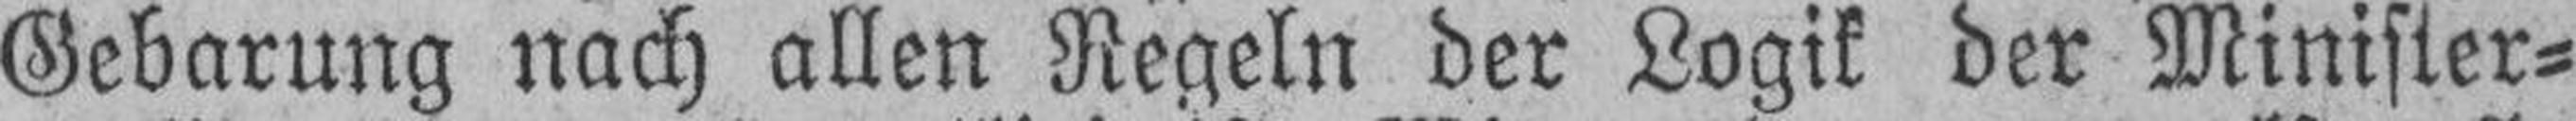
Gebarung nach allen Regeln der Logik der Minister¬